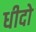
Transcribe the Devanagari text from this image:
धीदो